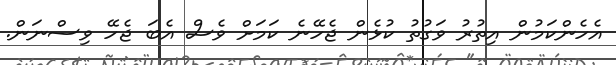
އެހެންކަމުން އިތުރު ވަގުތު ކުޅެން ޖެހޭނެ ކަމަށް ވެސް އެބަ ޖެހޭ ވިސްނަން.